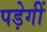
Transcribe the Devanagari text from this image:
पड़ेगीं